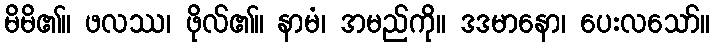
မိမိ၏။ ဖလဿ၊ ဖိုလ်၏။ နာမံ၊ အမည်ကို။ ဒဒမာနော၊ ပေးလသော်။